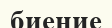
биение